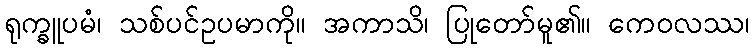
ရုက္ခူပမံ၊ သစ်ပင်ဥပမာကို။ အကာသိ၊ ပြုတော်မူ၏။ ကေဝလဿ၊